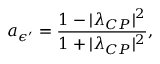
a _ { \epsilon ^ { \prime } } = \frac { 1 - | \lambda _ { C P } | ^ { 2 } } { 1 + | \lambda _ { C P } | ^ { 2 } } ,